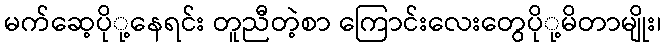
မက်ဆေ့ပိုု့နေရင်း တူညီတဲ့စာ ကြောင်းလေးတွေပိုု့မိတာမျိုး၊